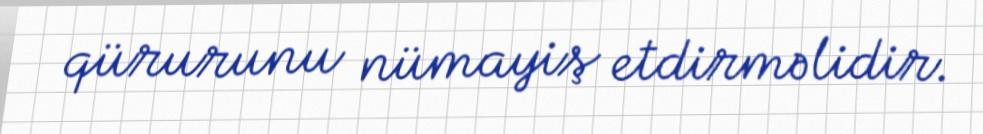
qürurunu nümayiş etdirməlidir.